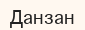
Данзан